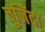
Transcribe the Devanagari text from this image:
चुनिँदा